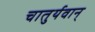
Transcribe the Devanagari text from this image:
चातुर्यवान्